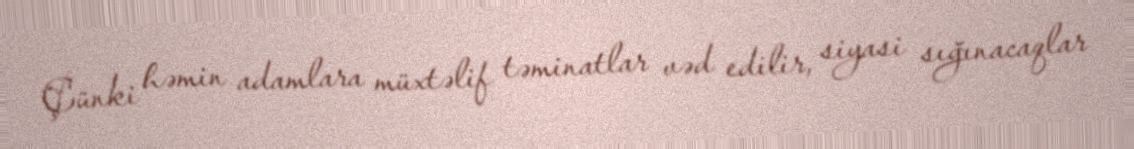
Çünki həmin adamlara müxtəlif təminatlar vəd edilir, siyasi sığınacaqlar